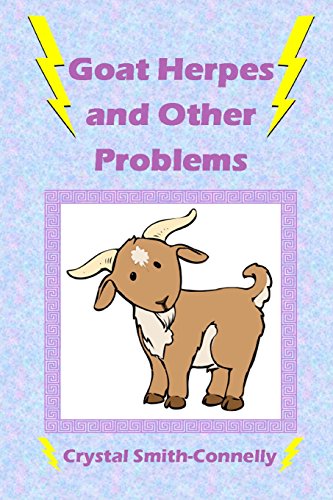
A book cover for Goat Herpes and Other Problems; Crystal Smith-Connelly; Health, Fitness & Dieting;